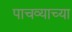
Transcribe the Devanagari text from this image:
पाचव्याच्या